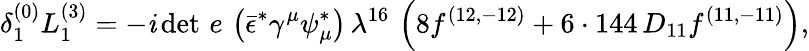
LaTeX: {\delta_{1}^{(0)}L_{1}^{(3)}=-\mathit{i}\, {\operatorname*{det}\, e}\, \left(\bar{{\epsilon}}^{*}\gamma^{\mu}\psi_{\mu}^{*}\right)\, \lambda^{16}\, \left(8f^{(12,-12)}+6\cdot144\, D_{11}f^{(11,-11)}\right),}